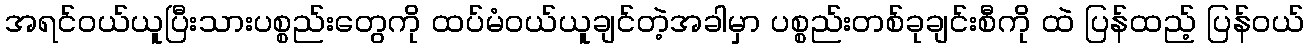
အရင်ဝယ်ယူပြီးသားပစ္စည်းတွေကို ထပ်မံဝယ်ယူချင်တဲ့အခါမှာ ပစ္စည်းတစ်ခုချင်းစီကို ထဲ ပြန်ထည့် ပြန်၀ယ်